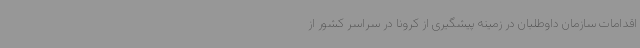
اقدامات سازمان داوطلبان در زمینه پیشگیری از کرونا در سراسر کشور از